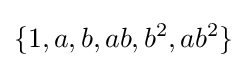
\{1,a,b,ab,b^{2},ab^{2}\}